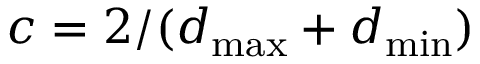
c = 2 / ( d _ { \operatorname* { m a x } } + d _ { \operatorname* { m i n } } )